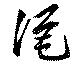
酒